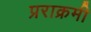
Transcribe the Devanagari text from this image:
प्रराक्रमी